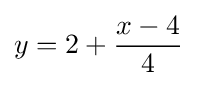
y=2+{\frac {x-4}{4}}